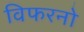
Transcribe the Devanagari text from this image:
विफरनो